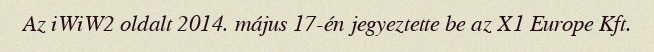
Az iWiW2 oldalt 2014. május 17-én jegyeztette be az X1 Europe Kft.